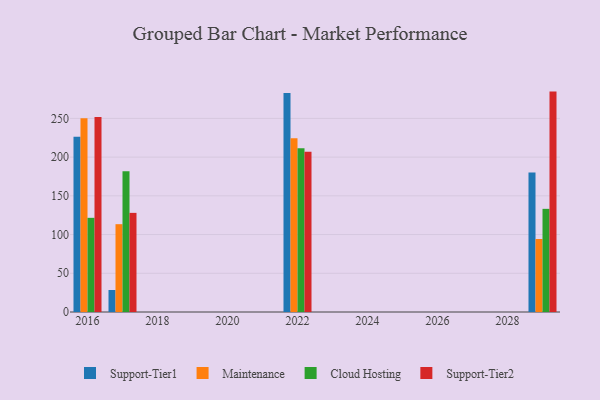
{"axis": {"x": "Year", "y": "Humidity (%)"}, "legend": ["Cloud Hosting", "Maintenance", "Support-Tier1", "Support-Tier2"], "data": [{"x": "2022", "y": 282.9, "type": "Support-Tier1"}, {"x": "2022", "y": 224.4, "type": "Maintenance"}, {"x": "2022", "y": 211.6, "type": "Cloud Hosting"}, {"x": "2022", "y": 207.0, "type": "Support-Tier2"}, {"x": "2029", "y": 180.0, "type": "Support-Tier1"}, {"x": "2029", "y": 94.3, "type": "Maintenance"}, {"x": "2029", "y": 133.2, "type": "Cloud Hosting"}, {"x": "2029", "y": 284.6, "type": "Support-Tier2"}, {"x": "2016", "y": 226.4, "type": "Support-Tier1"}, {"x": "2016", "y": 250.1, "type": "Maintenance"}, {"x": "2016", "y": 121.6, "type": "Cloud Hosting"}, {"x": "2016", "y": 251.7, "type": "Support-Tier2"}, {"x": "2017", "y": 28.4, "type": "Support-Tier1"}, {"x": "2017", "y": 113.4, "type": "Maintenance"}, {"x": "2017", "y": 181.6, "type": "Cloud Hosting"}, {"x": "2017", "y": 128.0, "type": "Support-Tier2"}]}